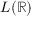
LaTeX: L ( \mathbb { R } )